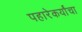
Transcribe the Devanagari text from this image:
पहारेकर्यांचा